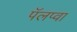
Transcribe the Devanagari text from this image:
पॅलप्वा